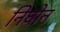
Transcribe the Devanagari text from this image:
निघोन